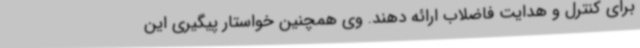
برای کنترل و هدایت فاضلاب ارائه دهند. وی همچنین خواستار پیگیری این